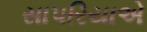
સાપરિયાએ